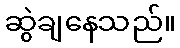
ဆွဲချနေသည်။